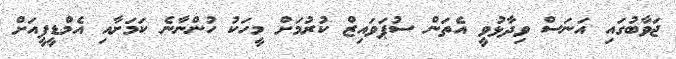
ޖަވާބުގައި އަނަސް ވިދާޅުވީ އެތަން ސުޕަވައިޒް ކުރުމަށް މީހަކު ހުންނާނެ ކަމަށާއި އެމްޑީޕީއަށް